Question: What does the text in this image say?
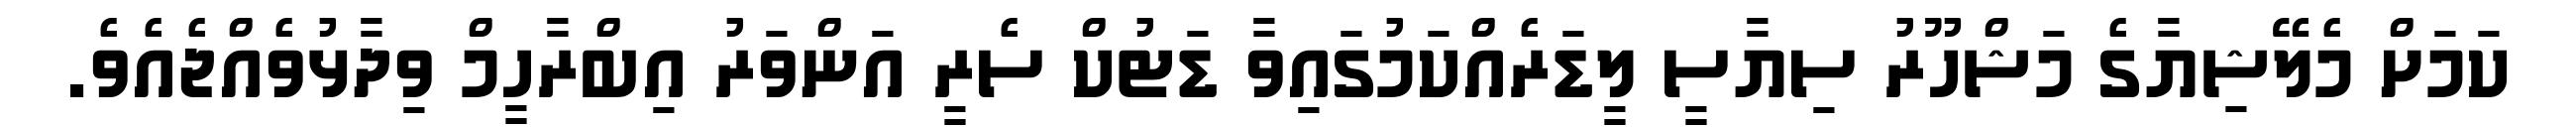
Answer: ކަމަށް މެލޭޝިޔާގެ މަޝްހޫރު ސިޔާސީ ލީޑަރެއްކަމުގައިވާ ޑަޓުކް ސެރީ އަންވަރު އިބްރާހީމް ވިދާޅުވެއްޖެއެވެ.